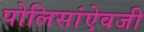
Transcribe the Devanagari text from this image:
पोलिसांऐवजी